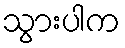
သွားပါက